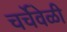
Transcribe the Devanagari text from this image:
चर्चेवेळी